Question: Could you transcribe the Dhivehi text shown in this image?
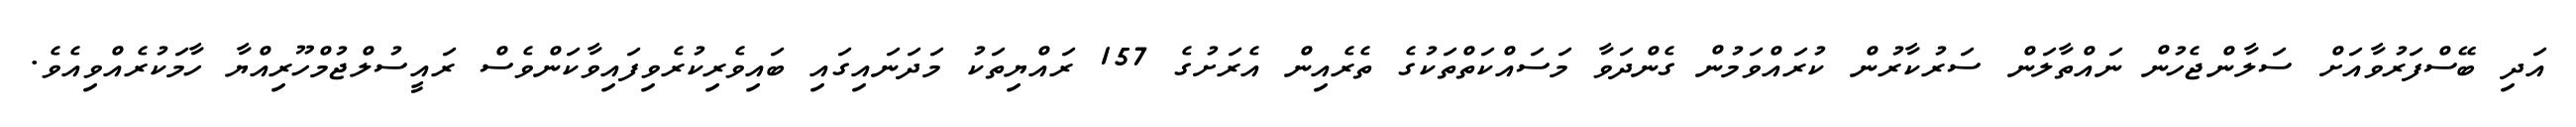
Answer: އަދި ބޭސްފަރުވާއަށް ސަލާންޖެހުން ނައްތާލަން ސަރުކާރުން ކުރައްވަމުން ގެންދަވާ މަސައްކަތްތަކުގެ ތެރެއިން އެރަށުގެ 157 ރައްޔިތަކު މަދަނައިގައި ބައިވެރިކުރެވިފައިވާކަންވެސް ރައީސުލްޖުމްހޫރިއްޔާ ހާމަކުރެއްވިއެވެ.